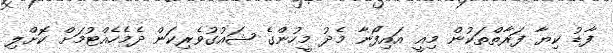
ފާޑު ކިޔާ ފަރާތްތަކުން މިއީ އައިފޯނާ މެދު މީހުންގެ ޝައުގުވެރިކަން ދެމެހެއްޓުމަށް ކޮށްލި